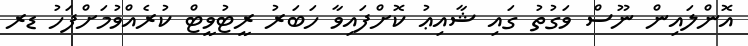
އޮންލައިން ނޫސް ވަގުތު ގައި ޝާއިޢު ކޮށްފައިވާ ހަބަރު ރީޓުވީޓް ކުރެއްވުމަށްފަހު ޑރ